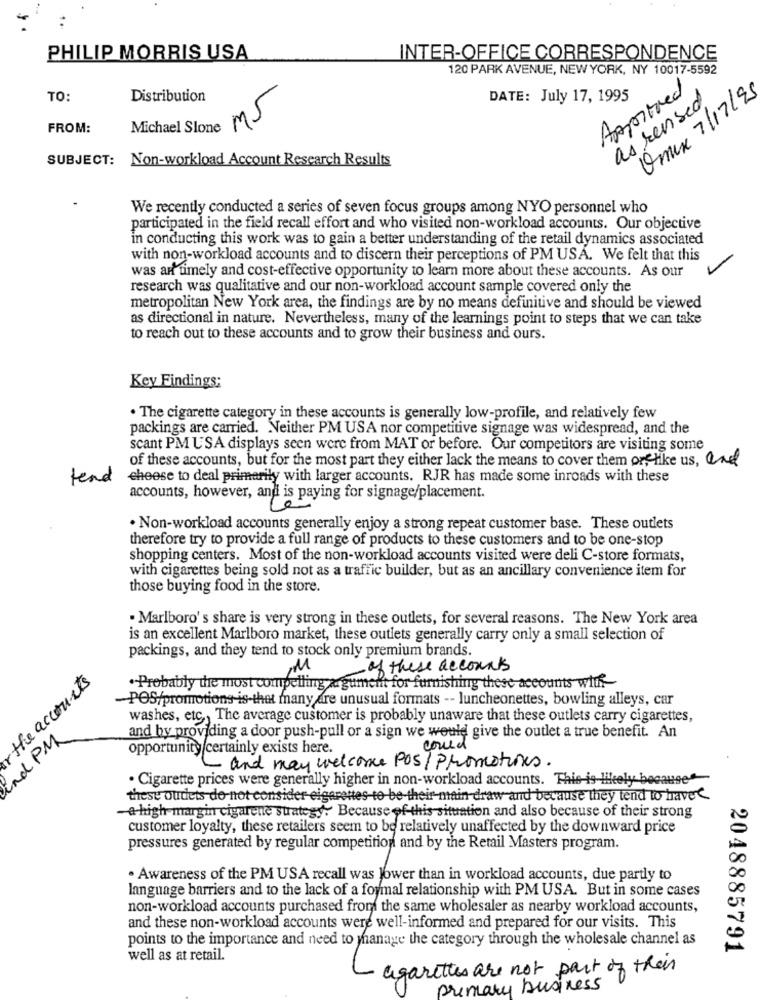
PHILIP MORRIS USA
INTER-OFFICE CORRESPONDENCE
120 PARK AVENUE, NEW YORK, NY 10017-5592
Approved
Omex 7/17/95
TO:
Distribution
DATE: July 17, 1995
as rensed
Michael Slone M5
FROM:
SUBJECT:
Non-workload Account Research Results
We recently conducted a series of seven focus groups among NYO personnel who
participated in the field recall effort and who visited non-workload accounts. Our objective
in conducting this work was to gain a better understanding of the retail dynamics associated
with non-workload accounts and to discern their perceptions of PM USA. We felt that this
-
was art timely and cost-effective opportunity to learn more about these accounts. As our
research was qualitative and our non-workload account sample covered only the
metropolitan New York area, the findings are by no means definitive and should be viewed
as directional in nature. Nevertheless, many of the learnings point to steps that we can take
to reach out to these accounts and to grow their business and ours.
Key Findings:
. The cigarette category in these accounts is generally low-profile, and relatively few
packings are carried. Neither PM USA nor competitive signage was widespread, and the
scant PM USA displays seen were from MAT or before. Our competitors are visiting some
of these accounts, but for the most part they either lack the means to cover them or, like us, and
tend
eheese to deal primarily with larger accounts. RJR has made some inroads with these
accounts, however, and is paying for signage/placement.
. Non-workload accounts generally enjoy a strong repeat customer base. These outlets
therefore try to provide a full range of products to these customers and to be one-stop
shopping centers. Most of the non-workload accounts visited were deli C-store formats,
with cigarettes being sold not as a traffic builder, but as an ancillary convenience item for
those buying food in the store.
· Marlboro' s share is very strong in these outlets, for several reasons. The New York area
is an excellent Marlboro market, these outlets generally carry only a small selection of
packings, and they tend to stock only premium brands.
- of these accounts
the accounts
.- Probably the most compelling argument for furnishing these accounts with-
-POS/promotions is-that many are unusual formats -- luncheonettes, bowling alleys, car
washes, etc ., The average customer is probably unaware that these outlets carry cigarettes,
End PM
and by providing a door push-pull or a sign we would give the outlet a true benefit. An
opportunity certainly exists here.
could
- and may welcome POS/ Promotions.
. Cigarette prices were generally higher in non-workload accounts. This is-likely becaus
these oudets do not consider eigarettes to be their-main draw and because they tend to have
-a high-margin cigarene strategy. Because of-this situation and also because of their strong
customer loyalty, these retailers seem to be relatively unaffected by the downward price
pressures generated by regular competition and by the Retail Masters program.
. Awareness of the PM USA recall was lower than in workload accounts, due partly to
language barriers and to the lack of a formal relationship with PM USA. But in some cases
non-workload accounts purchased from the same wholesaler as nearby workload accounts,
and these non-workload accounts were well-informed and prepared for our visits. This
points to the importance and need to manage the category through the wholesale channel as
2048885791
well as at retail.
agarettes are not part of their
primary business